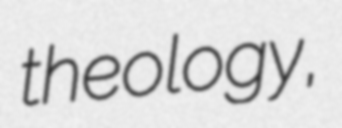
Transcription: theology,